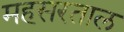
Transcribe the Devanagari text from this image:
महसरताल